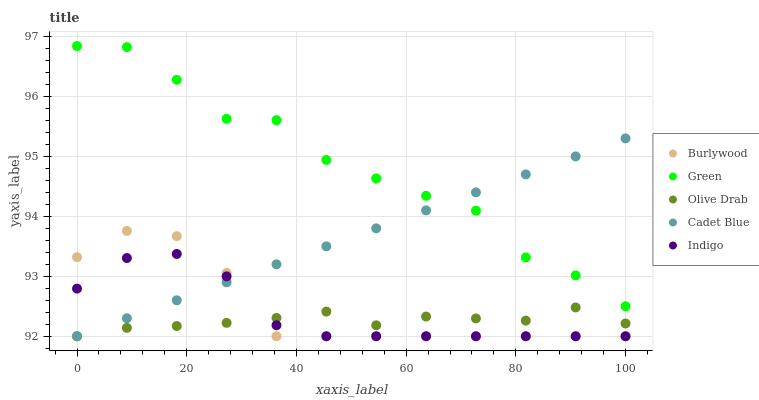
| xaxis_label | Burlywood | Green | Olive Drab | Cadet Blue | Indigo |
 | --- | --- | --- | --- | --- | --- |
 | 0 | 93.3 | 96.8 | 92 | 92 | 92.8 |
 | 9.09 | 93.8 | 96.8 | 92.1 | 92.3 | 93.3 |
 | 18.2 | 93.7 | 96.3 | 92.2 | 92.6 | 93.4 |
 | 27.3 | 93.1 | 95.6 | 92.2 | 92.9 | 93 |
 | 36.4 | 92 | 95.6 | 92.3 | 93.2 | 92.2 |
 | 45.5 | 92 | 94.9 | 92.4 | 93.5 | 92 |
 | 54.5 | 92 | 94.6 | 92.2 | 93.8 | 92 |
 | 63.6 | 92 | 94.3 | 92.3 | 94.1 | 92 |
 | 72.7 | 92 | 94.1 | 92.3 | 94.4 | 92 |
 | 81.8 | 92 | 93.3 | 92.3 | 94.7 | 92 |
 | 90.9 | 92 | 93 | 92.5 | 95 | 92 |
 | 100 | 92 | 92.5 | 92.2 | 95.3 | 92 |